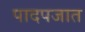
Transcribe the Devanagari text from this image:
पादपजात